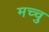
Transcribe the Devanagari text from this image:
मच्चु